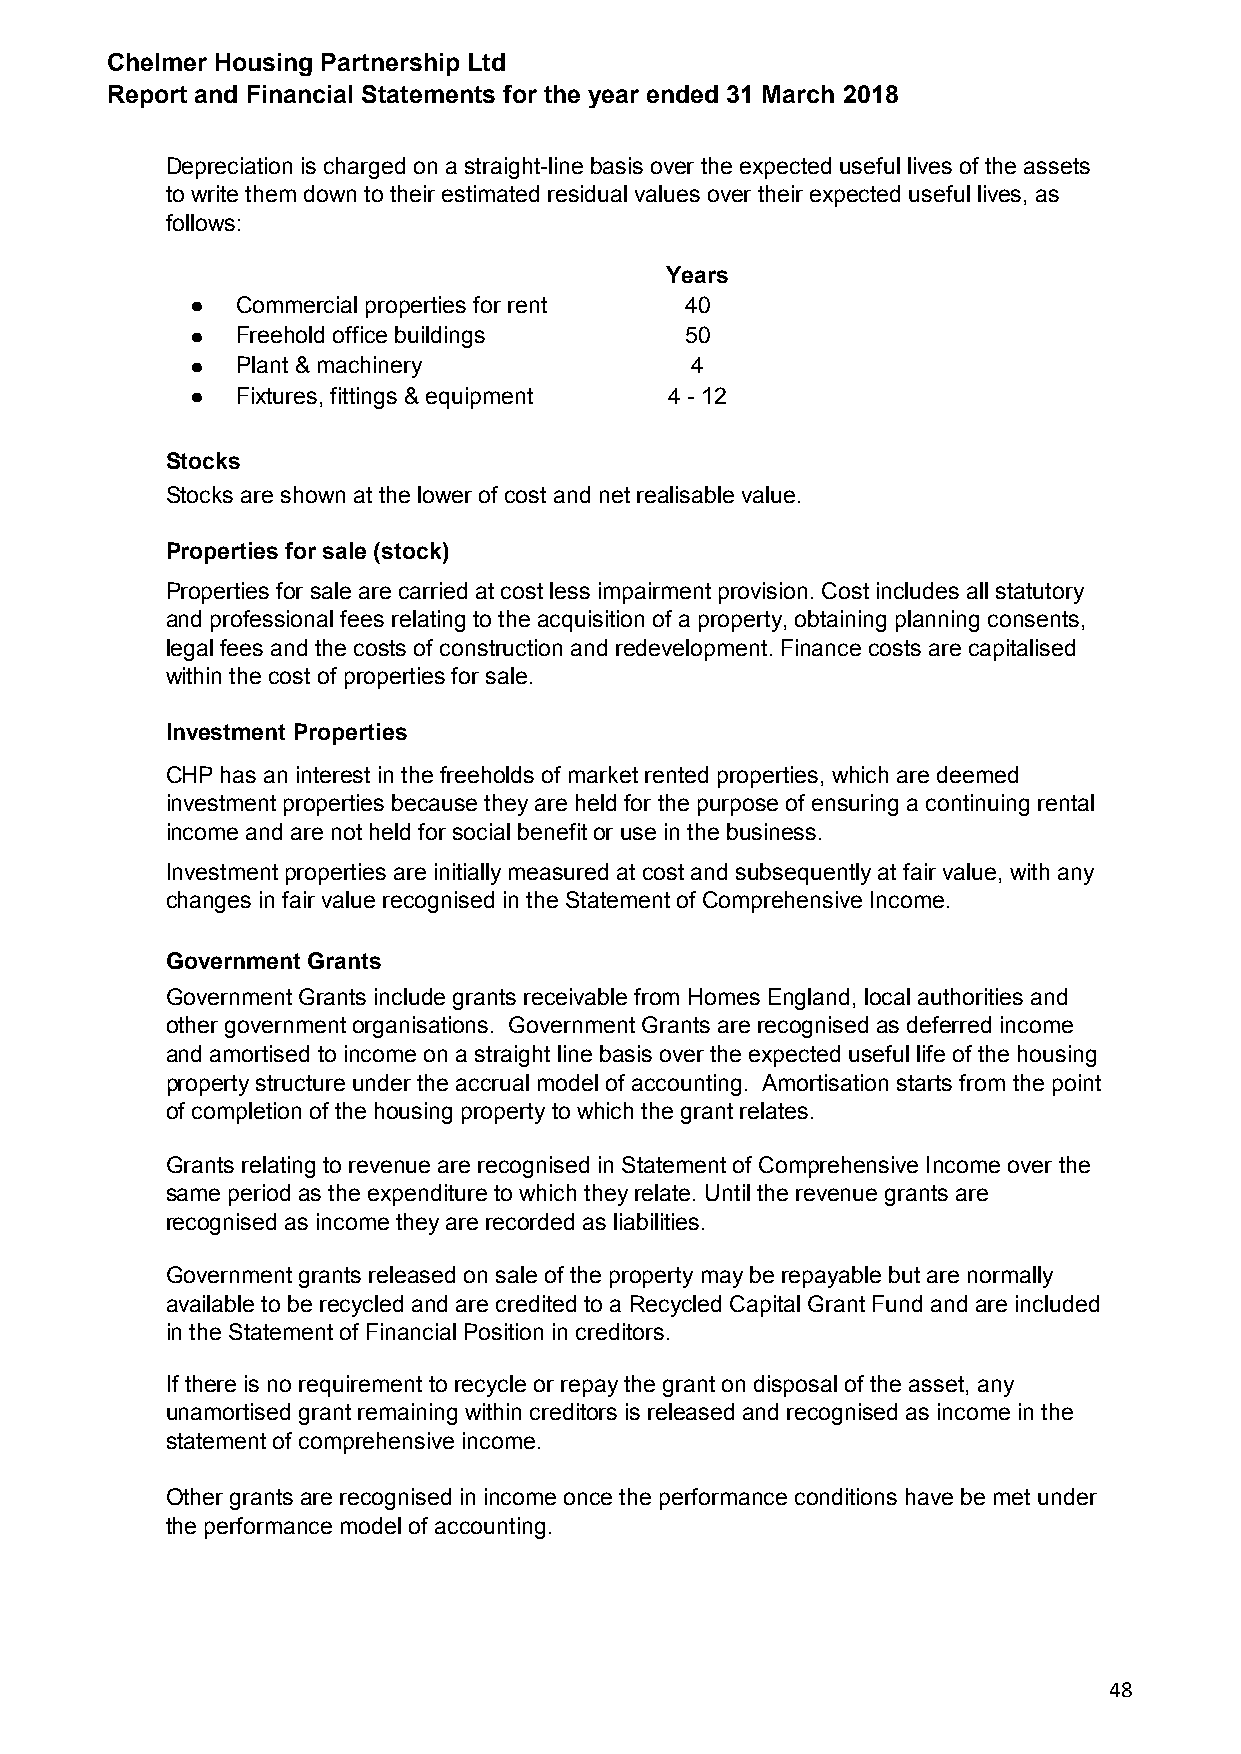
Chelmer Housing Partnership Ltd
 Report and Financial Statements for the year ended 31 March 2018
 Depreciation is charged on a straight-line basis over the expected useful lives of the assets
 to write them down to their estimated residual values over their expected useful lives, as
 follows:
 Years
 ●  Commercial properties for rent 40
 ●  Freehold office buildings    50
 ●  Plant & machinery             4
 ●  Fixtures, fittings & equipment 4 - 12
 Stocks
 Stocks are shown at the lower of cost and net realisable value.
 Properties for sale (stock)
 Properties for sale are carried at cost less impairment provision. Cost includes all statutory
 and professional fees relating to the acquisition of a property, obtaining planning consents,
 legal fees and the costs of construction and redevelopment. Finance costs are capitalised
 within the cost of properties for sale.
 Investment Properties
 CHP has an interest in the freeholds of market rented properties, which are deemed
 investment properties because they are held for the purpose of ensuring a continuing rental
 income and are not held for social benefit or use in the business.
 Investment properties are initially measured at cost and subsequently at fair value, with any
 changes in fair value recognised in the Statement of Comprehensive Income.
 Government Grants
 Government Grants include grants receivable from Homes England, local authorities and
 other government organisations. Government Grants are recognised as deferred income
 and amortised to income on a straight line basis over the expected useful life of the housing
 property structure under the accrual model of accounting. Amortisation starts from the point
 of completion of the housing property to which the grant relates.
 Grants relating to revenue are recognised in Statement of Comprehensive Income over the
 same period as the expenditure to which they relate. Until the revenue grants are
 recognised as income they are recorded as liabilities.
 Government grants released on sale of the property may be repayable but are normally
 available to be recycled and are credited to a Recycled Capital Grant Fund and are included
 in the Statement of Financial Position in creditors.
 If there is no requirement to recycle or repay the grant on disposal of the asset, any
 unamortised grant remaining within creditors is released and recognised as income in the
 statement of comprehensive income.
 Other grants are recognised in income once the performance conditions have be met under
 the performance model of accounting.
 48